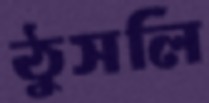
ঠুসলি